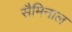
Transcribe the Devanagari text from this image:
सैमिनाल